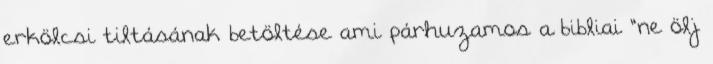
erkölcsi tiltásának betöltése ami párhuzamos a bibliai "ne ölj